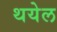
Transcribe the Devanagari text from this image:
थयेल